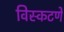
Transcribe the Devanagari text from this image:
विस्कटणे